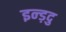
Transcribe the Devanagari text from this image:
इन्ड़दु